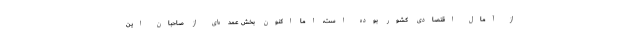
از آمال اقتصادی کشور بوده است، اما اکنون بخش عمده‌ای از صاحبان این